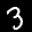
Label: 3